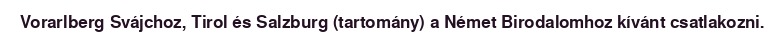
Vorarlberg Svájchoz, Tirol és Salzburg (tartomány) a Német Birodalomhoz kívánt csatlakozni.